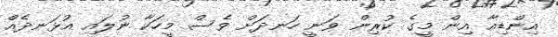
އިންޑިއާ އިން މީގެ ކުރިން ވަނީ ހަނދަށް ވެސް މީހަކާ ނުލައި އުޅަނދެއް